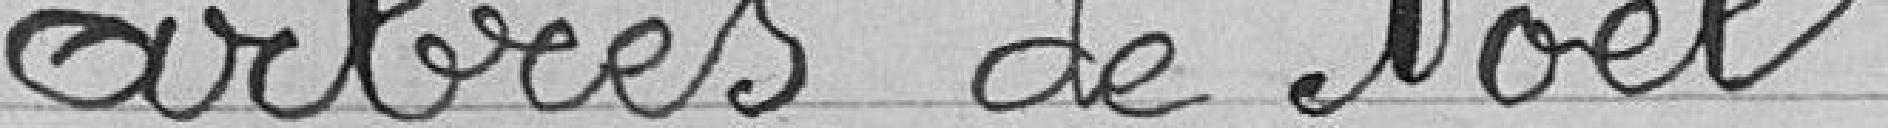
arbres de noël